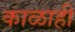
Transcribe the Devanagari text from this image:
काळाही